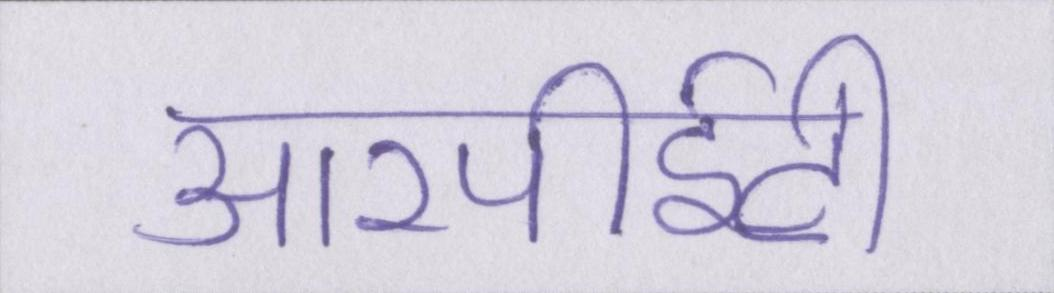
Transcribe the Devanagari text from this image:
आरपीईटी